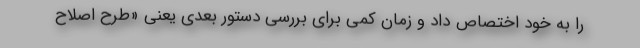
را به خود اختصاص داد و زمان کمی برای بررسی دستور بعدی یعنی «طرح اصلاح